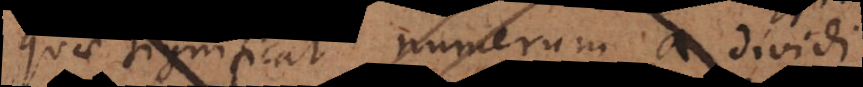
quae significat numerum a dividi